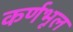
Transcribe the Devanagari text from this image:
कर्णभूल